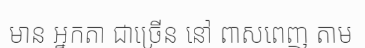
មាន អ្នកតា ជាច្រើន នៅ ពាសពេញ តាម